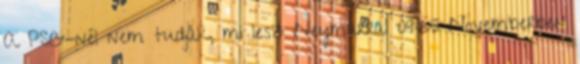
A PSG-nél nem tudják, mi lesz Neymarral 09:25 Novemberben